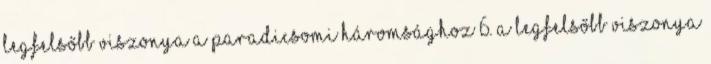
Legfelsőbb viszonya a paradicsomi Háromsághoz 6. A Legfelsőbb viszonya